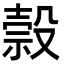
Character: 𬆭